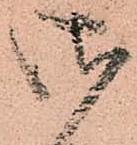
御